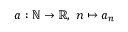
a : \mathbb { N } \to \mathbb { R } , \ n \mapsto a _ { n }